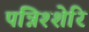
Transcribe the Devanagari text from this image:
पन्निश्शेरि